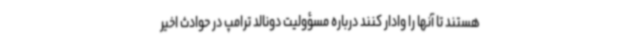
هستند تا آنها را وادار کنند درباره مسؤولیت دونالد ترامپ در حوادث اخیر